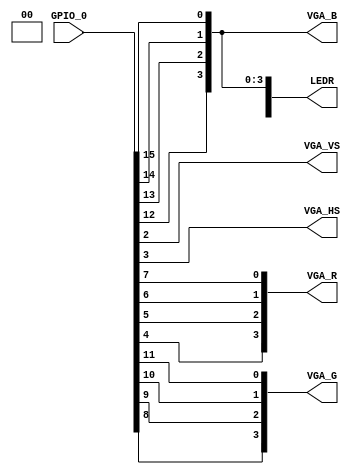
module vgaout
(
	input		[35:0]	GPIO_0,
	output	[9:0]		LEDR,
	output					VGA_VS,
	output					VGA_HS,
	output	[3:0]		VGA_R,
	output	[3:0]		VGA_G,
	output	[3:0]		VGA_B
);

wire [3:0] red;
wire [3:0] green;
wire [3:0] blue;


assign VGA_VS = GPIO_0[2];
assign VGA_HS = GPIO_0[3];
assign red = { GPIO_0[4], GPIO_0[5], GPIO_0[6], GPIO_0[7]};
assign green = { GPIO_0[8], GPIO_0[9], GPIO_0[10], GPIO_0[11]};
assign blue = { GPIO_0[12], GPIO_0[13], GPIO_0[14], GPIO_0[15]};

assign VGA_R = red;
assign VGA_G = green;
assign VGA_B = blue;

// assign LEDR[9:4] = 6'b000000;
assign LEDR = { 2'b00, green, blue };

endmodule